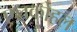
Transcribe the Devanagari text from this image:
एलकोहल